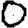
Digit: 0